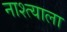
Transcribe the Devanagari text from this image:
नाश्त्याला